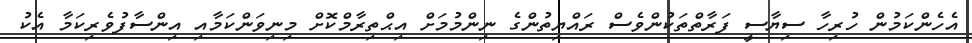
އެހެންކަމުން ހުރިހާ ސިޔާސީ ފަރާތްތަކުންވެސް ރައްޔިތުންގެ ނިންމުމަށް އިޙްތިރާމްކޮށް މިނިވަންކަމާއި އިންސާފުވެރިކަމާ އެކު